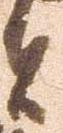
者